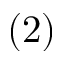
\left( 2 \right)